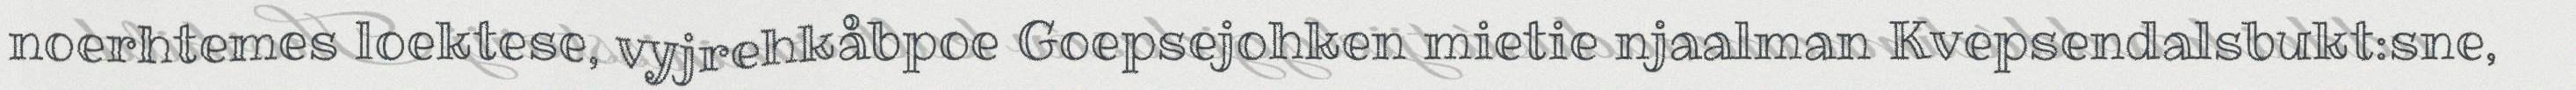
noerhtemes loektese, vyjrehkåbpoe Goepsejohken mietie njaalman Kvepsendalsbukt:sne,